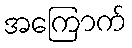
အကြောက်